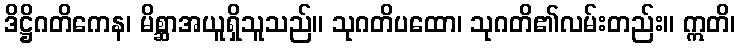
ဒိဋ္ဌိဂတိကေန၊ မိစ္ဆာအယူရှိသူသည်။ သုဂတိပထော၊ သုဂတိ၏လမ်းတည်း။ ဣတိ၊